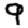
Digit: 9